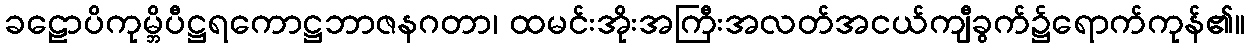
ခဠောပိကုမ္ဘိပီဋ္ဌရကောဋ္ဌဘာဇနဂတာ၊ ထမင်းအိုးအကြီးအလတ်အငယ်ကျီခွက်၌ရောက်ကုန်၏။